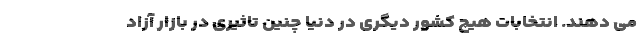
می دهند. انتخابات هیچ کشور دیگری در دنیا چنین تاثیری در بازار آزاد